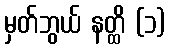
မှတ်ဘွယ် နတ္ထိ (၁)